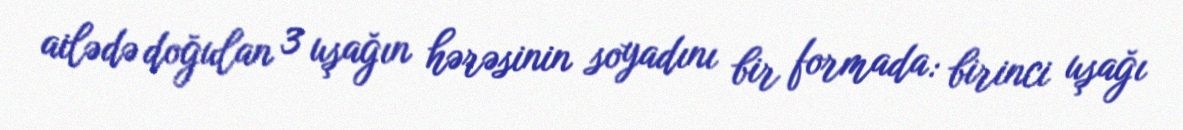
ailədə doğulan 3 uşağın hərəsinin soyadını bir formada: birinci uşağı